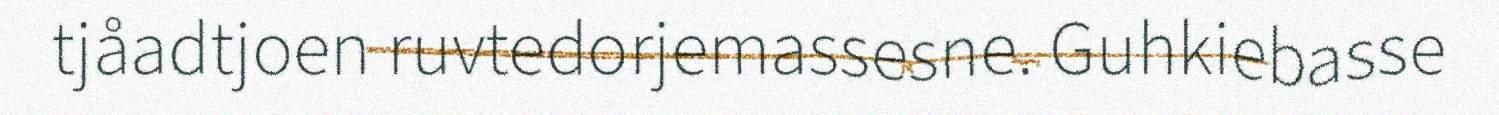
tjåadtjoen ruvtedorjemassesne. Guhkiebasse